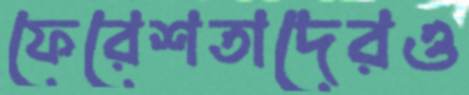
ফেরেশতাদেরও